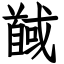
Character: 馘